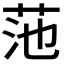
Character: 𫇻